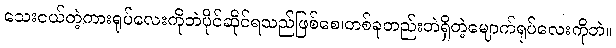
သေးငယ်တဲ့ကားရုပ်လေးကိုဘဲပိုင်ဆိုင်ရသည်ဖြစ်စေ၊တစ်ခုတည်းဘဲရှိတဲ့မျောက်ရုပ်လေးကိုဘဲ။